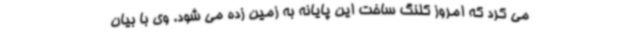
می کرد که امروز کلنگ ساخت این پایانه به زمین زده می شود. وی با بیان